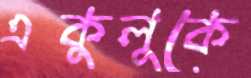
একুলুকে